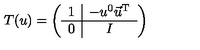
T ( u ) = \left( \begin{array} { c | c } { 1 } & { - u ^ { 0 } \vec { u } ^ { \mathrm { T } } } \\ \hline { 0 } & { I } \\ \end{array} \right)